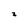
Character: 2